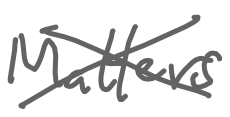
Text: Matters
Cross-out: cross
Writing tool: digital_gray